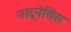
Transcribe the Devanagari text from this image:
नाटूनेसिस